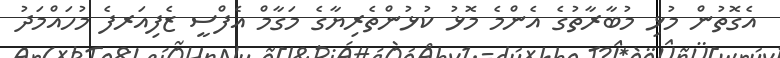
އެގޮތުން މުޅި މުބާރާތުގެ އެންމެ މޮޅު ކުޅުންތެރިޔާގެ މަގާމް އެފްސީ ޒެފިއަރފެ މުހައްމަދު